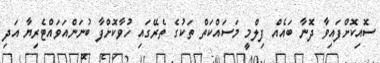
ސޮއިކޮށްފައިވާ ދޮނާ ބައެއް ފިލްމީ މަސައްކަތް ތަކުގެ ތެރޭގައި ހުވާކޮށްފާ ބުނަންއަވައްޓެރިޔާ އަދި